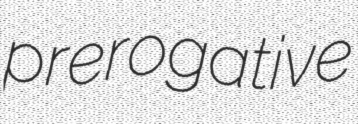
prerogative